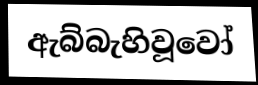
ඇබ්බැහිවූවෝ